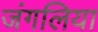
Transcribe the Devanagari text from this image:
जंगलिया